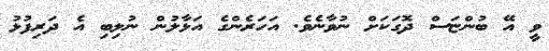
ވީ އޭ ބުންޏަސް ދޮގަކަށް ނުވާނެވެ. އަހަރެންގެ އަޅާލުން ނުލިބި އެ ދަރިފުޅު